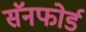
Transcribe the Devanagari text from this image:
सॅनफोर्ड